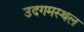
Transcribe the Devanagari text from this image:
उदगमस्थल